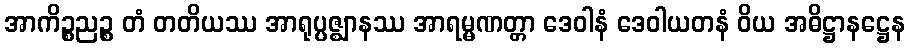
အာကိဉ္စညဉ္စ တံ တတိယဿ အာရုပ္ပဇ္ဈာနဿ အာရမ္မဏတ္တာ ဒေဝါနံ ဒေဝါယတနံ ဝိယ အဓိဋ္ဌာနဋ္ဌေန